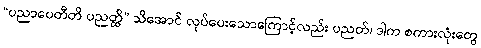
“ပညာပေတီတိ ပညတ္ထိ” သိအောင် လုပ်ပေးသောကြောင့်လည်း ပညတ်၊ ဒါက စကားလုံးတွေ